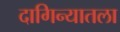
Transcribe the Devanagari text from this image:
दागिन्यातला